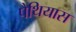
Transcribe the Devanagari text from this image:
पैथियास